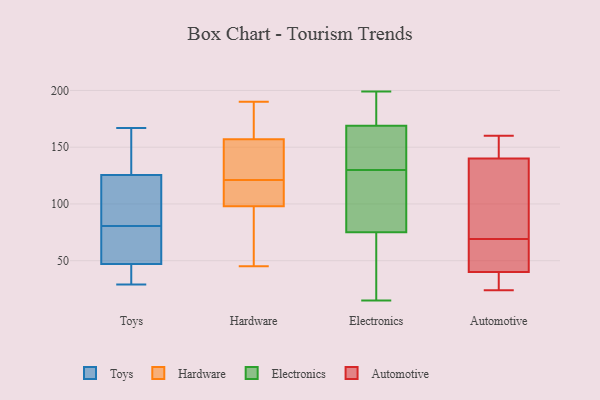
{"axis": {"x": "Inventory Turnover", "y": "Value"}, "legend": ["Automotive", "Electronics", "Hardware", "Toys"], "data": [{"x": "", "y": 35, "type": "Toys"}, {"x": "", "y": 129, "type": "Toys"}, {"x": "", "y": 122, "type": "Toys"}, {"x": "", "y": 29, "type": "Toys"}, {"x": "", "y": 87, "type": "Toys"}, {"x": "", "y": 48, "type": "Toys"}, {"x": "", "y": 167, "type": "Toys"}, {"x": "", "y": 66, "type": "Toys"}, {"x": "", "y": 46, "type": "Toys"}, {"x": "", "y": 74, "type": "Toys"}, {"x": "", "y": 158, "type": "Toys"}, {"x": "", "y": 89, "type": "Toys"}, {"x": "", "y": 149, "type": "Hardware"}, {"x": "", "y": 158, "type": "Hardware"}, {"x": "", "y": 156, "type": "Hardware"}, {"x": "", "y": 45, "type": "Hardware"}, {"x": "", "y": 106, "type": "Hardware"}, {"x": "", "y": 119, "type": "Hardware"}, {"x": "", "y": 90, "type": "Hardware"}, {"x": "", "y": 159, "type": "Hardware"}, {"x": "", "y": 138, "type": "Hardware"}, {"x": "", "y": 62, "type": "Hardware"}, {"x": "", "y": 190, "type": "Hardware"}, {"x": "", "y": 123, "type": "Hardware"}, {"x": "", "y": 106, "type": "Hardware"}, {"x": "", "y": 52, "type": "Hardware"}, {"x": "", "y": 112, "type": "Hardware"}, {"x": "", "y": 172, "type": "Hardware"}, {"x": "", "y": 37, "type": "Electronics"}, {"x": "", "y": 71, "type": "Electronics"}, {"x": "", "y": 84, "type": "Electronics"}, {"x": "", "y": 15, "type": "Electronics"}, {"x": "", "y": 79, "type": "Electronics"}, {"x": "", "y": 178, "type": "Electronics"}, {"x": "", "y": 163, "type": "Electronics"}, {"x": "", "y": 118, "type": "Electronics"}, {"x": "", "y": 199, "type": "Electronics"}, {"x": "", "y": 159, "type": "Electronics"}, {"x": "", "y": 75, "type": "Electronics"}, {"x": "", "y": 142, "type": "Electronics"}, {"x": "", "y": 151, "type": "Electronics"}, {"x": "", "y": 169, "type": "Electronics"}, {"x": "", "y": 106, "type": "Electronics"}, {"x": "", "y": 169, "type": "Electronics"}, {"x": "", "y": 192, "type": "Electronics"}, {"x": "", "y": 19, "type": "Electronics"}, {"x": "", "y": 82, "type": "Automotive"}, {"x": "", "y": 127, "type": "Automotive"}, {"x": "", "y": 76, "type": "Automotive"}, {"x": "", "y": 47, "type": "Automotive"}, {"x": "", "y": 47, "type": "Automotive"}, {"x": "", "y": 40, "type": "Automotive"}, {"x": "", "y": 160, "type": "Automotive"}, {"x": "", "y": 24, "type": "Automotive"}, {"x": "", "y": 62, "type": "Automotive"}, {"x": "", "y": 158, "type": "Automotive"}, {"x": "", "y": 147, "type": "Automotive"}, {"x": "", "y": 24, "type": "Automotive"}, {"x": "", "y": 34, "type": "Automotive"}, {"x": "", "y": 140, "type": "Automotive"}]}